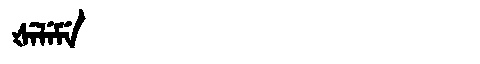
Manchu: ᡧᡝᠯᡝᠮᡝ
Romanization: ŠELEME